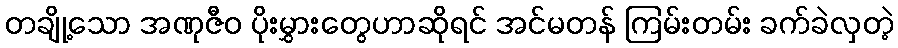
တချို့သော အဏုဇီဝ ပိုးမွှားတွေဟာဆိုရင် အင်မတန် ကြမ်းတမ်း ခက်ခဲလှတဲ့